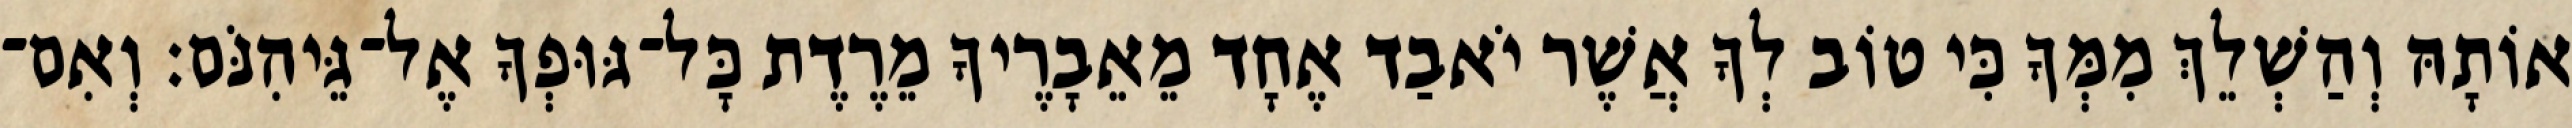
אוֹתָהּ וְהַשְׁלֵךְ מִמְּךָ כִּי טוֹב לְךָ אֲשֶׁר יֹאבַד אֶחָד מֵאֵבָרֶיךָ מֵרֶדֶת כָּל־גּוּפְךָ אֶל־גֵּיהִנֹּם׃ וְאִם־